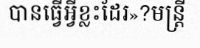
បានធ្វើអ្វីខ្លះដែរ»?មន្ត្រី